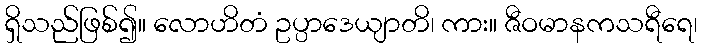
ရှိသည်ဖြစ်၍။ လောဟိတံ ဥပ္ပာဒေယျာတိ၊ ကား။ ဇီဝမာနကသရီရေ၊